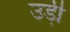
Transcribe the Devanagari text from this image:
उडी़